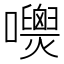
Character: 𡄺